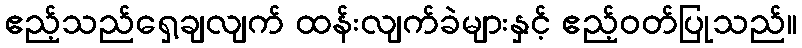
ဧည့်သည်ရှေ့ချလျက် ထန်းလျက်ခဲများနှင့် ဧည့်ဝတ်ပြုသည်။